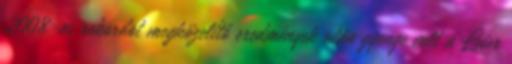
2008-as rekordot megközelítő eredmények után gyenge volt a Leier